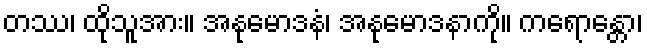
တဿ၊ ထိုသူအား။ အနုမောဒနံ၊ အနုမောဒနာကို။ ကရောန္တော၊